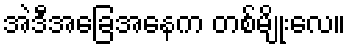
အဲဒီအခြေအနေက တစ်မျိုးလေ။